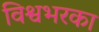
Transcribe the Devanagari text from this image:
विश्वभरका